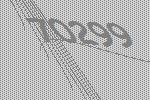
70299